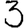
Digit: 3